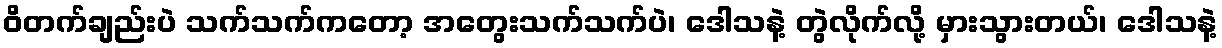
ဝိတက်ချည်းပဲ သက်သက်ကတော့ အတွေးသက်သက်ပဲ၊ ဒေါသနဲ့ တွဲလိုက်လို့ မှားသွားတယ်၊ ဒေါသနဲ့